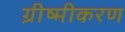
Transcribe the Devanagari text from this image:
ग्रीष्मीकरण